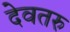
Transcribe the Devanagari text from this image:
देवतरु